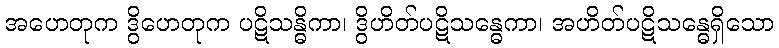
အဟေတုက ဒွိဟေတုက ပဋိသန္ဓိကာ၊ ဒွိဟိတ်ပဋိသန္ဓေကာ၊ အဟိတ်ပဋိသန္ဓေရှိသော